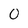
Character: 0